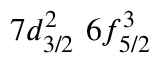
7 d _ { 3 / 2 } ^ { 2 } \, \, 6 f _ { 5 / 2 } ^ { 3 }